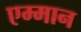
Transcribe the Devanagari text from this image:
एम्मान